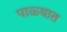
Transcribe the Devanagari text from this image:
पाळ्यात